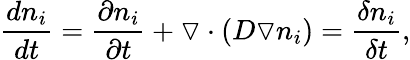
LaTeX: \frac{dn_{i}}{dt}=\frac{\partial n_{i}}{\partial t}+\triangledown\cdot(D\triangledown n_{i})=\frac{\delta n_{i}}{\delta t},